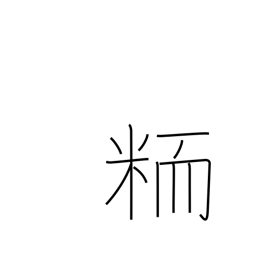
Meaning: nonglutinous grain